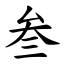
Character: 叁